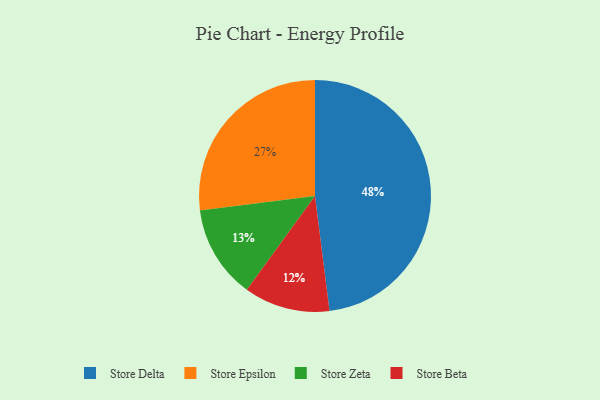
{"axis": {"x": "Category", "y": "Percentage"}, "legend": ["Store Beta", "Store Delta", "Store Epsilon", "Store Zeta"], "data": [{"x": "Store Beta", "y": 12, "type": "Store Beta"}, {"x": "Store Zeta", "y": 13, "type": "Store Zeta"}, {"x": "Store Epsilon", "y": 27, "type": "Store Epsilon"}, {"x": "Store Delta", "y": 48, "type": "Store Delta"}]}